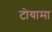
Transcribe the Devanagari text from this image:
टोयामा